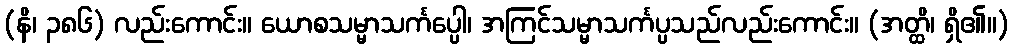
(နိ၊ ၃၈၆) လည်းကောင်း။ ယောစသမ္မာသင်္ကပ္ပေါ၊ အကြင်သမ္မာသင်္ကပ္ပသည်လည်းကောင်း။ (အတ္ထိ၊ ရှိ၏။)